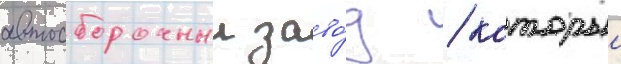
автосборочныи заво́д / которыи